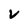
Character: V